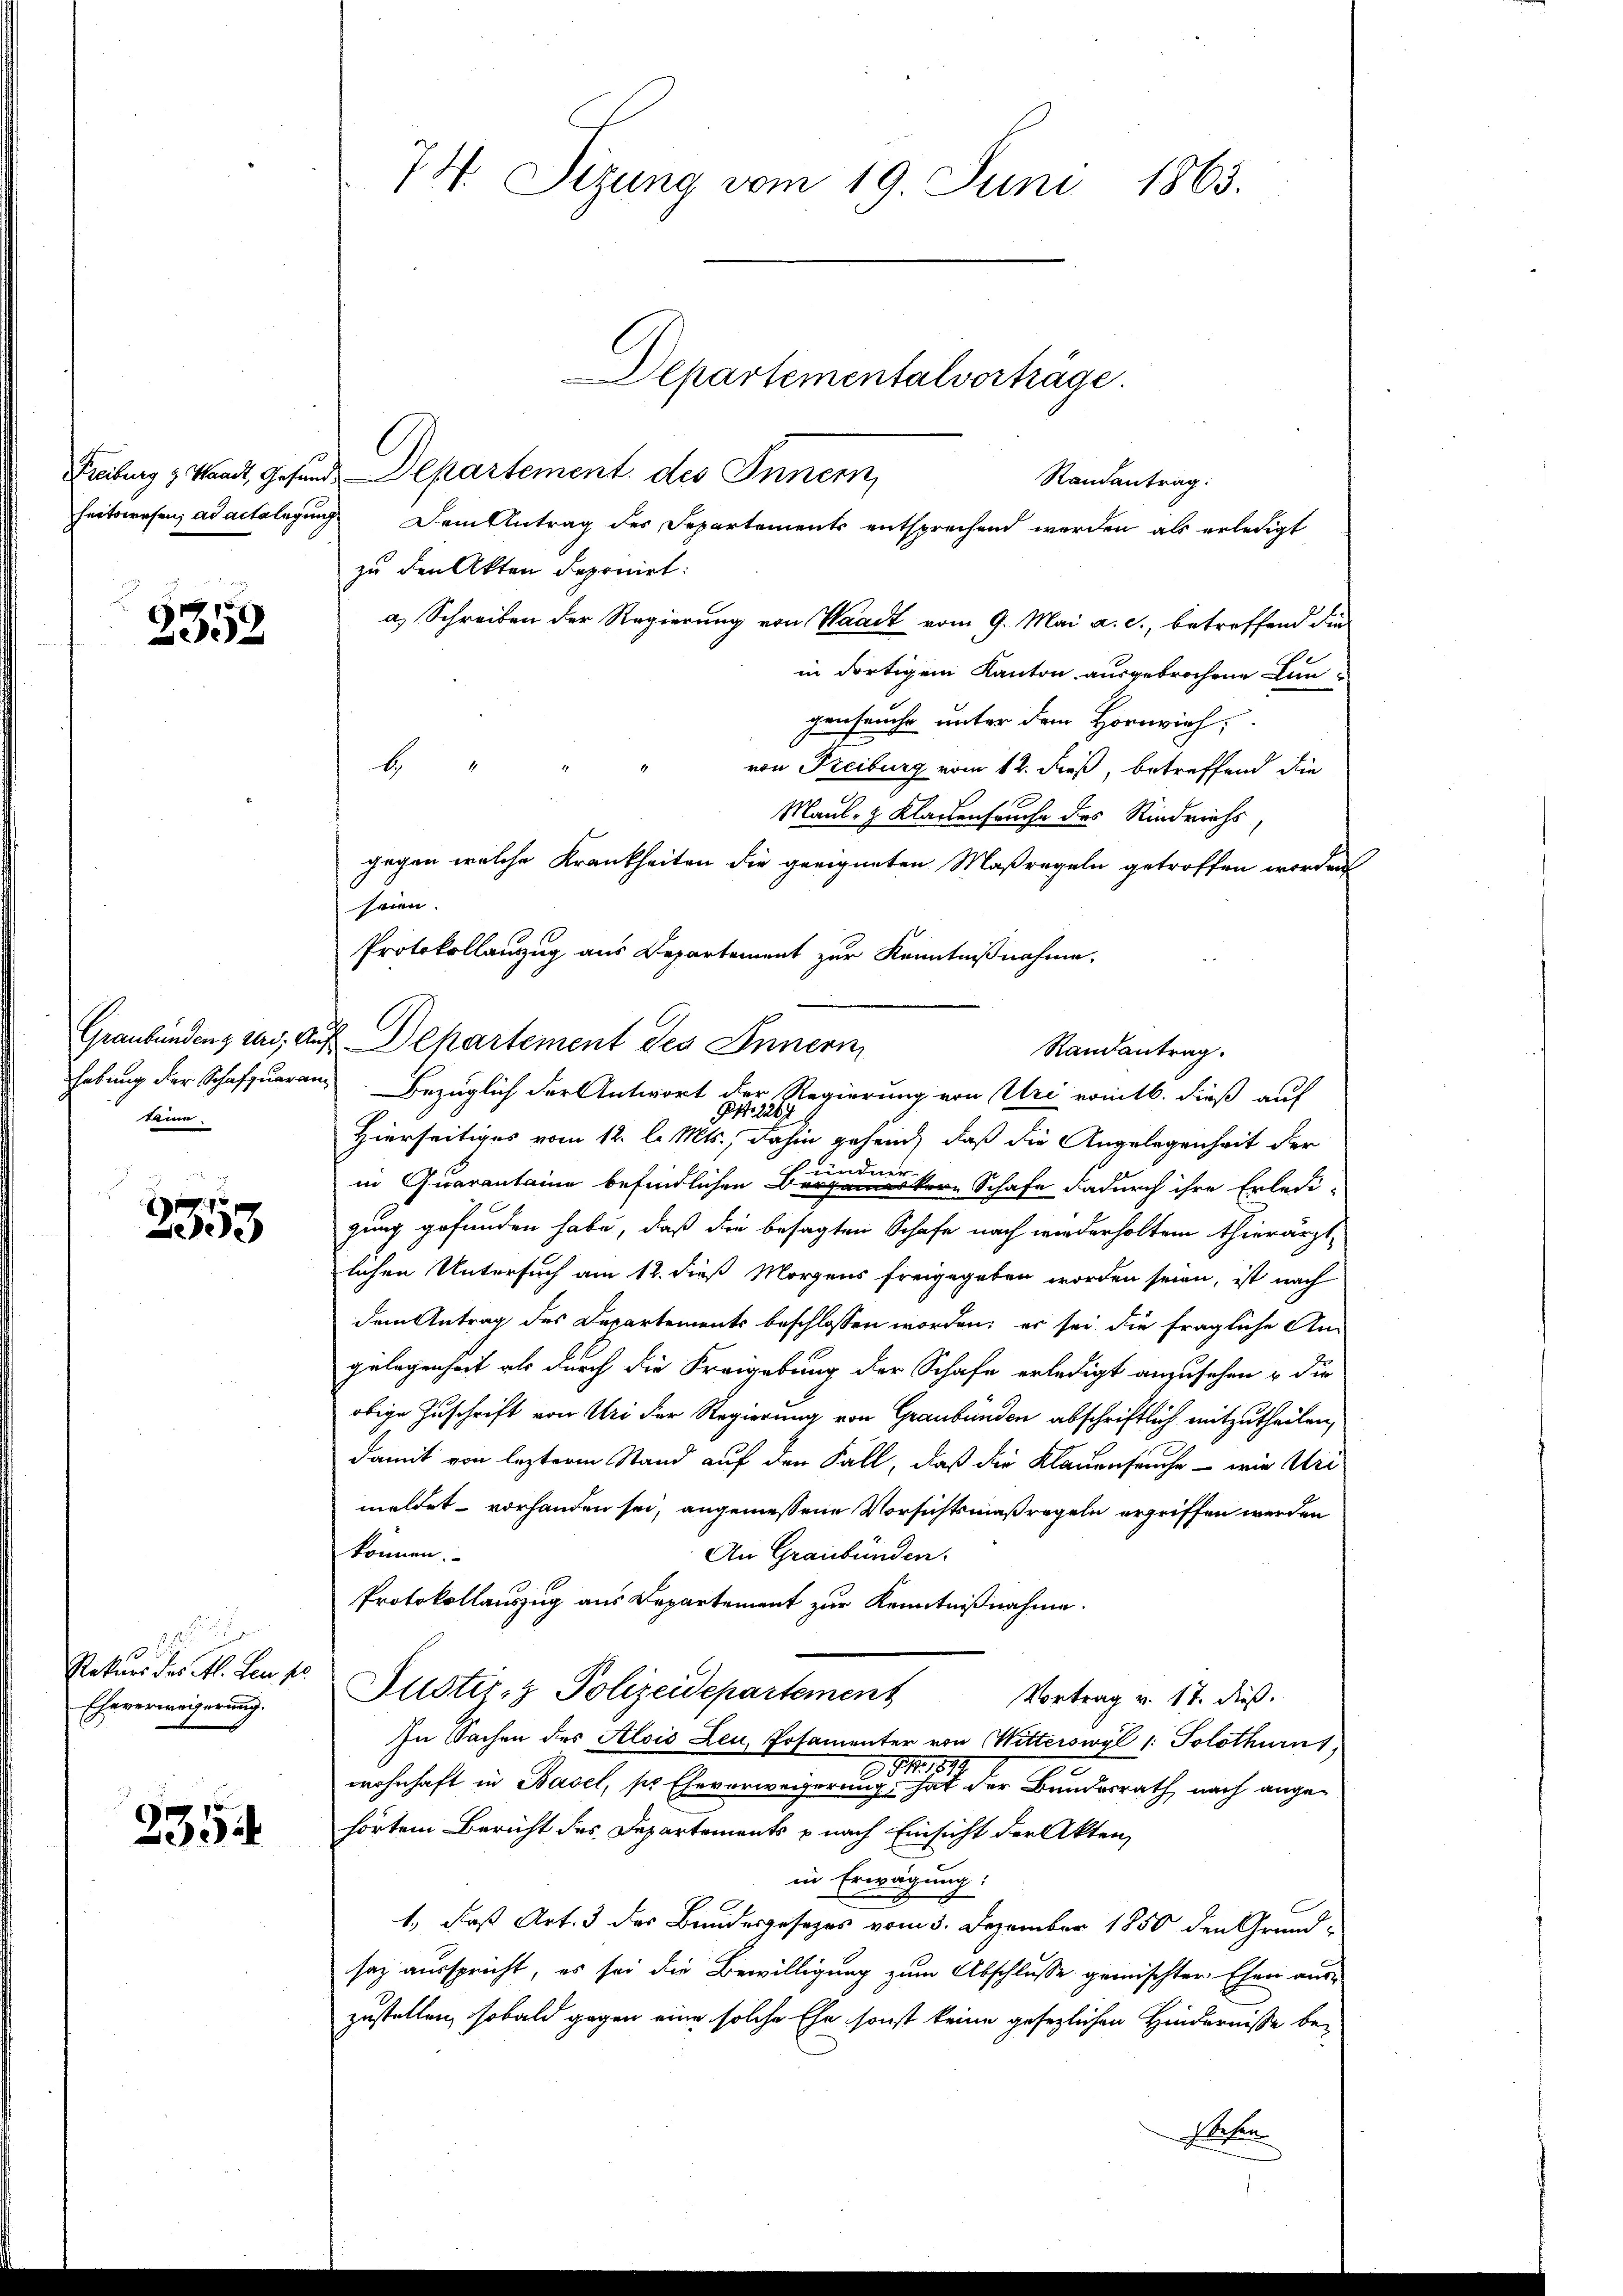
Freiburg z. Waadt, Gesund.

2352

habung der Schafzuaran
kine.

3353.

Rekurs des Al. den so
Eheverweigerung.

2354

74. Sizung vom 19. Juni 1865.
Departementalverträge.

Departement des Innern,
heitswesen, ad actelegung Dem Antrag des Departements entsprechend werden, als erledigt
zu den Akten deponirt:
a) Schreiben der Regierung von Waadt vom 9. Mai a. c., betreffend die
in dortigem Kanton ausgebrochene Lungenseuche unter dem Hornvieh,
von Freiburg vom 12. dieß, betreffend die
Maul- & Klagenseuche des Rindviehs,
gegen welche Krankheiten die geeigneten Maßregeln getroffen worden
seien.
Protokollanzug aus Departement zur Kenntnißnahme,
Graubündenz vers, auf Departement des Innern,
Bezüglich der Antwort der Regierung von Uri vomtb. dieß auf
Art. 2247
Hierseitiges vom 12. l. Mts., dahin gehend, daß die Angelegenheit der
in Quarantine befindlichen Benker Schafe dadurch ihre Erledi-
gung gefunden habe, daß die besagten Schafe nach wiederholten thierärzt
lichen Untersuch am 12. dieß Morgens freigegeben worden seien, ist nach
dem Antrag des Departements beschlossen worden; er sei, die fragliche Angelegenheit als durch die Freigebung der Schafe erledigt anzusehen u die
obige Zuschrift von Uri der Regierung von Graubünden abschriftlich mitzutheilen,
damit von lezterm Stand auf den Fall, daß die Klauenseuche - wie Uri
meldet vorhanden sei, angemessene Vorsichtsmaßregeln ergriffen werden
können.
An Graubünden.
Protokollauszug aus Departement zur Kenntnißnahme.
Justiz- & Polizeidepartement
Vortrag v. 17. dieß.
In Sachen des Alois Leu, Posamenter von Witterswyl 1: Solothurns
wohnhaft in Basel, ses Eheverweiger einen der Bundesrath, nach angehörtem Bericht des Departements nach Einsicht der Akten,
in Erwägung:
1., daß Art. 3 des Bundesgesezes vom 3. Dezember 1850 den Grund-
saz ausspricht, es sei die Bewilligung zum Abschlusse gemischter Ehen aus-
zustellen, sobald gegen eine solche Ehe sonst keine gesezlichen Hindernisse be-
Arten

be

Randantrag.

Randantrag.